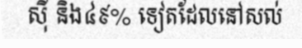
ស៊ី និង៤៩% ទៀតដែលនៅសល់